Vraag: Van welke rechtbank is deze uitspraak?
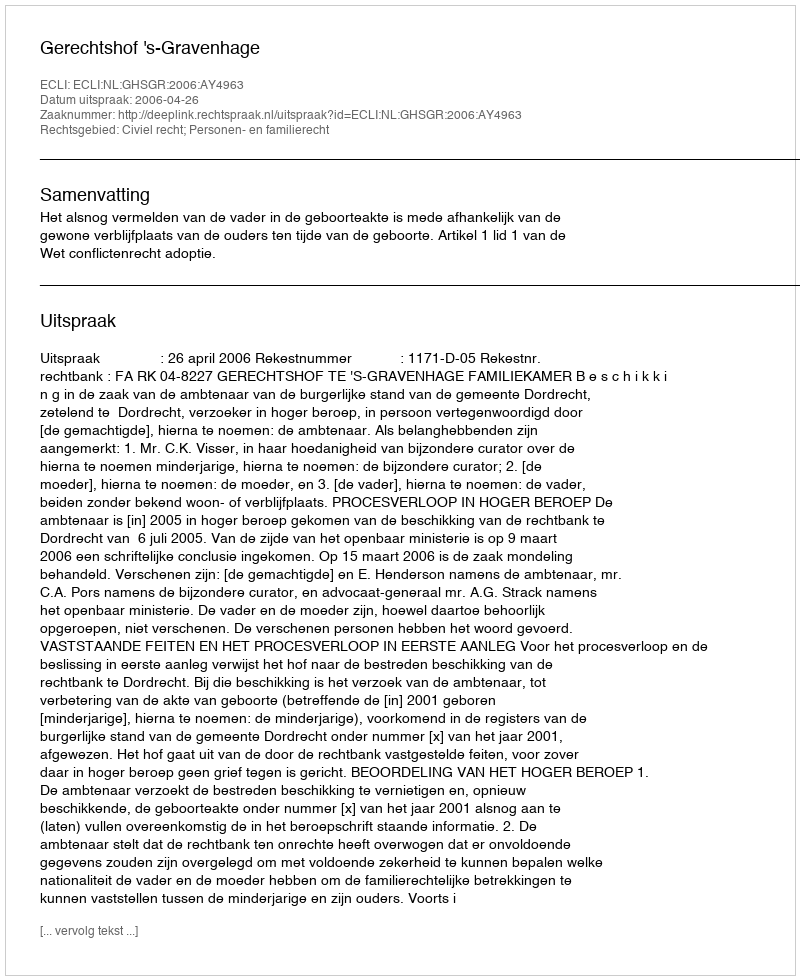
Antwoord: Gerechtshof 's-Gravenhage